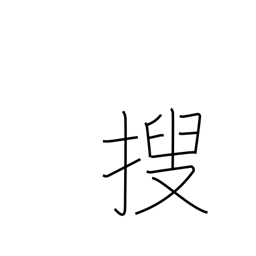
Meaning: investigate